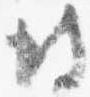
彼